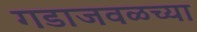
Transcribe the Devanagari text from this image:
गडाजवळच्या